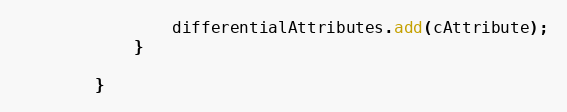
Language: Java
                differentialAttributes.add(cAttribute);
            }

        }